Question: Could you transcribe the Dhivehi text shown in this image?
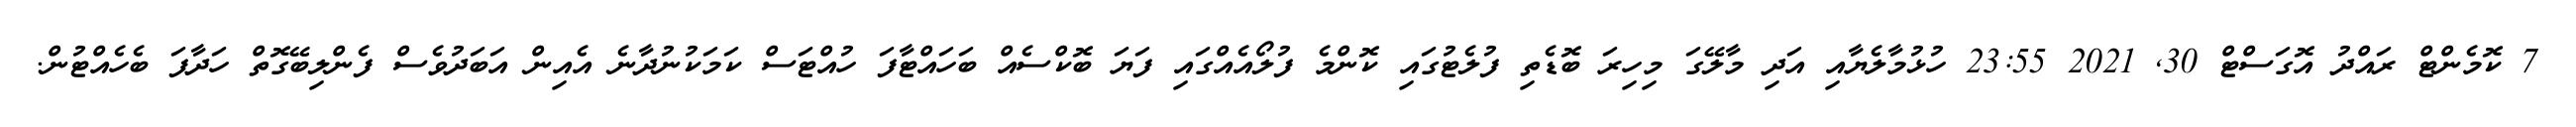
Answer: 7 ކޮމެންޓް ރައްދު އޮގަސްޓް 30, 2021 23:55 ހުޅުމާލެޔާއި އަދި މާލޭގަ މިހިރަ ބޮޑެތި ފުލެޓުގައި ކޮންމެ ފުލޯއެއްގައި ފަޔަ ބޮކްސެއް ބަހައްޓާފަ ހުއްޓަސް ކަމަކުނުދާނެ އެއިން އަބަދުވެސް ފެންލިބޭގޮތް ހަދާފަ ބެހެއްޓުން.